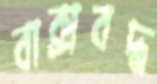
বাক্সবদ্ধ